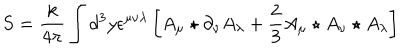
S = \frac { k } { 4 \pi } \int d ^ { 3 } y \epsilon ^ { \mu \nu \lambda } \left[ A _ { \mu } \star \partial _ { \nu } A _ { \lambda } + \frac { 2 } { 3 } A _ { \mu } \star A _ { \nu } \star A _ { \lambda } \right]